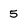
Character: 5